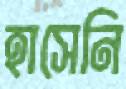
হাসেনি